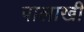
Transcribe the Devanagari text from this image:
पालाखी